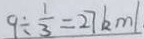
9 \div \frac { 1 } { 3 } = 2 7 k m /